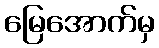
မြေအောက်မှ